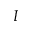
\boldsymbol { I }